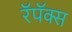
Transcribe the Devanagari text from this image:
रॅपॅक्स